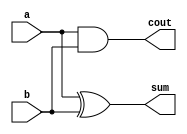
`timescale 1ns / 1ps
module hf_add(a,b,sum,cout);
input a,b;
output sum,cout;

assign sum=a^b;
assign cout=a&b;
endmodule